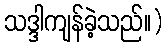
သဒ္ဒါကျန်ခဲ့သည်။)